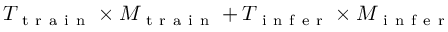
T _ { \mathrm { ~ t ~ r ~ a ~ i ~ n ~ } } \times M _ { \mathrm { ~ t ~ r ~ a ~ i ~ n ~ } } + T _ { \mathrm { ~ i ~ n ~ f ~ e ~ r ~ } } \times M _ { \mathrm { ~ i ~ n ~ f ~ e ~ r ~ } }